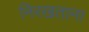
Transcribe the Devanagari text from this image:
निरखताना